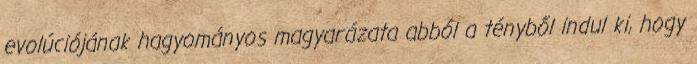
evolúciójának hagyományos magyarázata abból a tényből indul ki, hogy